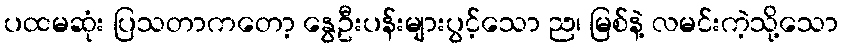
ပထမဆုံး ပြသတာကတော့ နွေဦးပန်းများပွင့်သော ည၊ မြစ်နဲ့ လမင်းကဲ့သို့သော